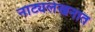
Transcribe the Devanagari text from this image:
नाट्यलेखनात